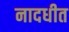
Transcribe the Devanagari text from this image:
नादधीत